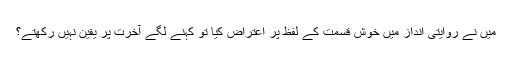
میں نے روایتی انداز میں خوش قسمت کے لفظ پر اعتراض کیا تو کہنے لگے آخرت پر یقین نہیں رکھتے؟